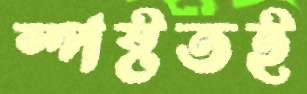
স্পষ্টতই